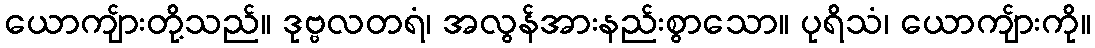
ယောကျ်ားတို့သည်။ ဒုဗ္ဗလတရံ၊ အလွန်အားနည်းစွာသော။ ပုရိသံ၊ ယောကျ်ားကို။